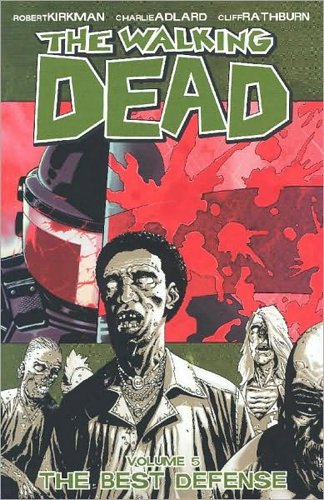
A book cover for The Walking Dead, Vol. 5: The Best Defense; Robert Kirkman; Comics & Graphic Novels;